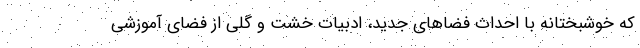
که خوشبختانه با احداث فضاهای جدید، ادبیات خشت و گلی از فضای آموزشی